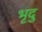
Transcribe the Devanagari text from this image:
भृदु